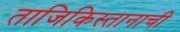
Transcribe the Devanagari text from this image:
ताजिकिस्तानाची